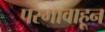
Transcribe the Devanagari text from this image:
परगावाहून